Senior Leaving Certificate Examination (including Day School Certificate (Higher) General paper), 1947
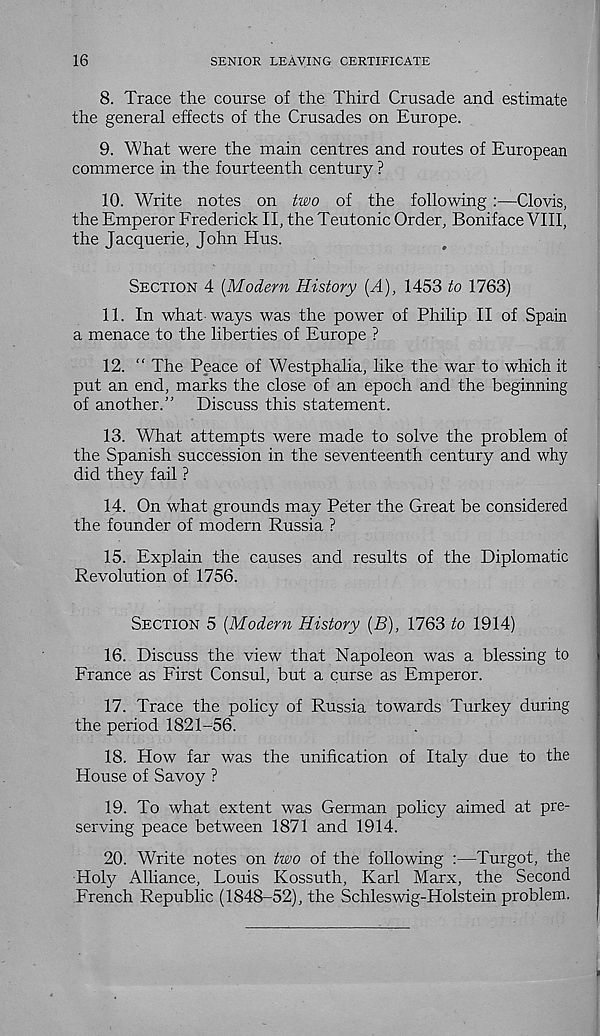
16
SENIOR LEAVING CERTIFICATE
8. Trace the course of the Third Crusade and estimate
the general effects of the Crusades on Europe.
9. What were the main centres and routes of European
commerce in the fourteenth century ?
10. Write notes on two of the following:—Clovis,
the Emperor Frederick II, the Teutonic Order, Boniface VIII,
the Jacquerie, John Hus.
SECTION 4 (Modern History (A), 1453 to 1763)
11. In what-ways was the power of Philip II of Spain
a menace to the liberties of Europe ?
12. “ The Peace of Westphalia, like the war to which it
put an end, marks the close of an epoch and the beginning
of another.” Discuss this statement.
13. What attempts were made to solve the problem of
the Spanish succession in the seventeenth century and why
did they fail ?
14. On what grounds may Peter the Great be considered
the founder of modern Russia ?
15. Explain the causes and results of the Diplomatic
Revolution of 1756.
SECTION 5 (Modern History (B), 1763 to 1914)
16. Discuss the view that Napoleon was a blessing to
France as First Consul, but a curse as Emperor.
17. Trace the policy of Russia towards Turkey during
the period 1821-56.
18. How far was the unification of Italy due to the
House of Savoy ?
19. To what extent was German policy aimed at pre-
serving peace between 1871 and 1914.
20. Write notes on two of the following :—Turgot, the
Holy Alliance, Louis Kossuth, Karl Marx, the Second
French Republic (1848-52), the Schleswig-Holstein problem.